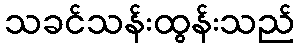
သခင်သန်းထွန်းသည်